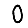
Digit: 0